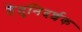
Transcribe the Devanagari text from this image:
हेतुनिदर्शक